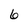
Character: 6